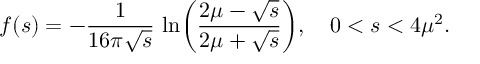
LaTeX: f ( s ) = - { \frac { 1 } { 1 6 \pi \sqrt { s } } } \, \ln \biggl ( { \frac { 2 \mu - \sqrt { s } } { 2 \mu + \sqrt { s } } } \biggr ) , \quad 0 < s < 4 \mu ^ { 2 } .